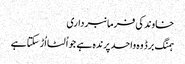
خاوند کی فرمانبرداری
ہمنگ برڈ وہ واحد پرندہ ہے جو اُلٹا اُڑ سکتا ہے